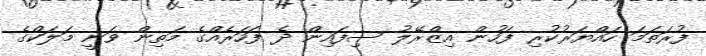
ފުރަތަމަ ހައްޔަރުކުރި ފަހުން އިޒްރޭލު ސިފައިން ދެ ފަހަރެއްގެ މަތިން ވަނީ މަލަކްގެ